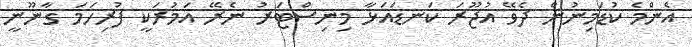
އެންމެ ކުޑަމިނުން ދެވޭ އުޖޫރަ ކަނޑައަޅާ މިނިސްޓަރު ނެރޭ އަމުރަކީ ފުރިހަމަ ގާނޫނީ